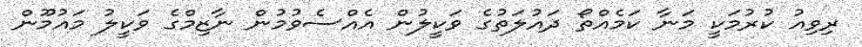
ރިވިއު ކުރުމަކީ މަނާ ކަމެއްތޯ ދައުލަތުގެ ވަކީލުން އެއްސެވުމުން ނާޒިމްގެ ވަކީލު މައުމޫން